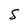
Character: S